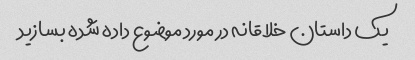
یک داستان خلاقانه در مورد موضوع داده شده بسازید